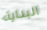
البداية